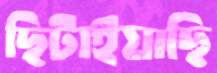
ছিটাইয়াছি